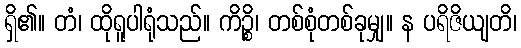
ရှိ၏။ တံ၊ ထိုရူပါရုံသည်။ ကိဉ္စိ၊ တစ်စုံတစ်ခုမျှ။ န ပရိဇိယျတိ၊